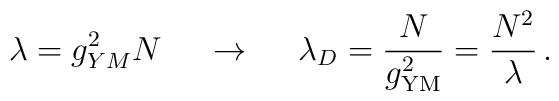
\lambda= g^2_{YM} N\, \;\;\;\;\rightarrow \,\;\;\;\; \lambda_D = \frac{N}{g^2_{\rm YM}} = \frac{N^2}{\lambda} \, .